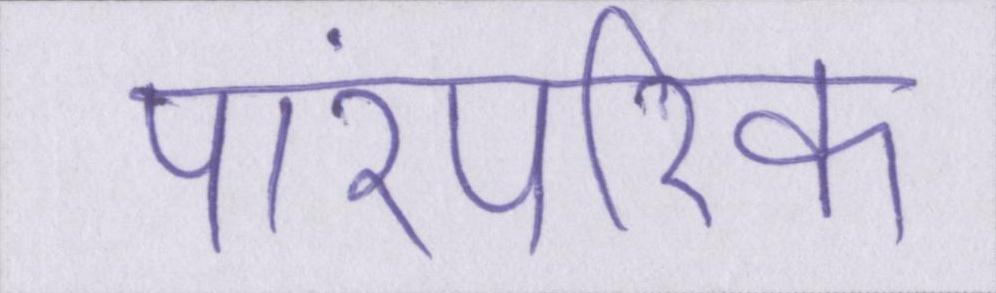
पारंपरिक